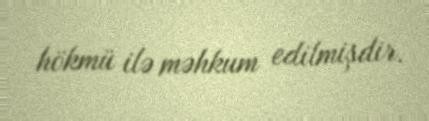
hökmü ilə məhkum edilmişdir.